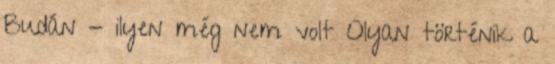
Budán - ilyen még nem volt Olyan történik a